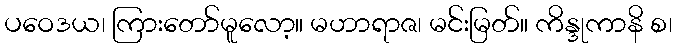
ပဝေဒယ၊ ကြားတော်မူလော့။ မဟာရာဇ၊ မင်းမြတ်။ ကိန္ဒုကာနိ စ၊